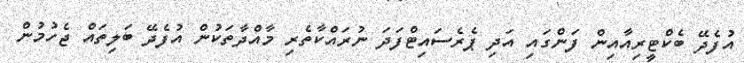
އުފެދޭ ބެކްޓީރިއާއިން ފަންގައި އަދި ޕެރެސައިޓްފަދަ ނުރައްކާތެރި މާއްދާތަކުން އުފެދޭ ބަލިތައް ޖެހުމުން